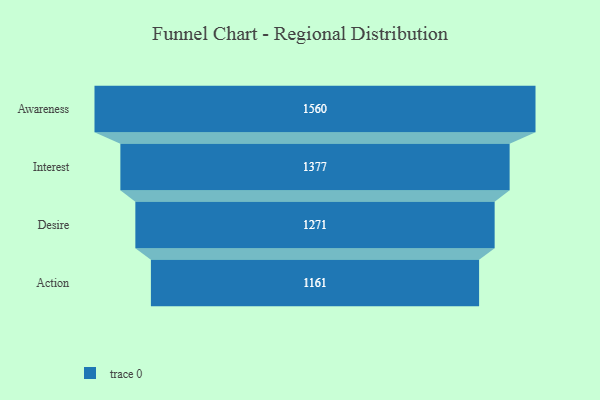
{"axis": {"x": "Stage", "y": "Value"}, "legend": [""], "data": [{"x": "Awareness", "y": 1560.0, "type": ""}, {"x": "Interest", "y": 1377.0, "type": ""}, {"x": "Desire", "y": 1271.0, "type": ""}, {"x": "Action", "y": 1161.0, "type": ""}]}